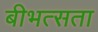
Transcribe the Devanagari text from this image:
बीभत्सता